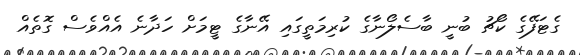
ގެޓަފޭގެ ކޯޗު ބުނީ ބާސެލޯނާގެ ކުރިމަތީގައި އޭނާގެ ޓީމަށް ހަދާނެ އެއްވެސް ގޮތެއް